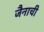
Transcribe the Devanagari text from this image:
जैनाची